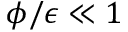
\phi / \epsilon \ll 1